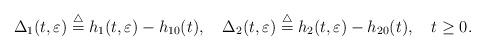
LaTeX: \begin{align*} \Delta_{1}(t,\varepsilon)\overset{\triangle}{=}h_{1}(t,\varepsilon)-h_{10}(t),\ \ \ \Delta_{2}(t,\varepsilon)\overset{\triangle}{=}h_{2}(t,\varepsilon)-h_{2 0}(t),\ \ \ t\ge 0.\end{align*}